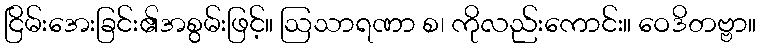
ငြိမ်းအေးခြင်း၏အစွမ်းဖြင့်။ ဩသာရဏာ စ၊ ကိုလည်းကောင်း။ ဝေဒိတဗ္ဗာ။